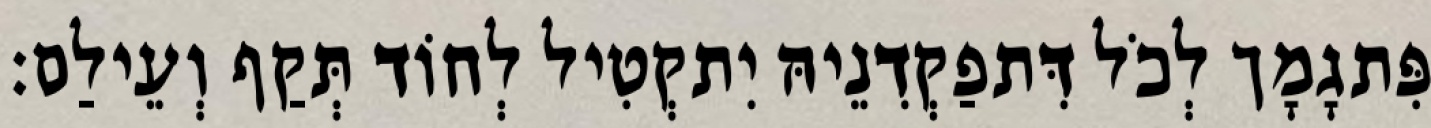
פִּתגָמָך לְכֹל דִּתפַקְדִנֵיהּ יִתקְטִיל לְחוֹד תְּקַף וְעֵילַם׃